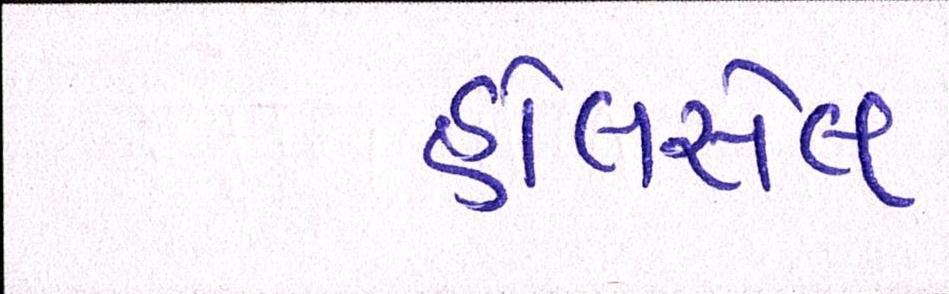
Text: હોલસેલ